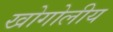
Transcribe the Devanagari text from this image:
खोगोलीय